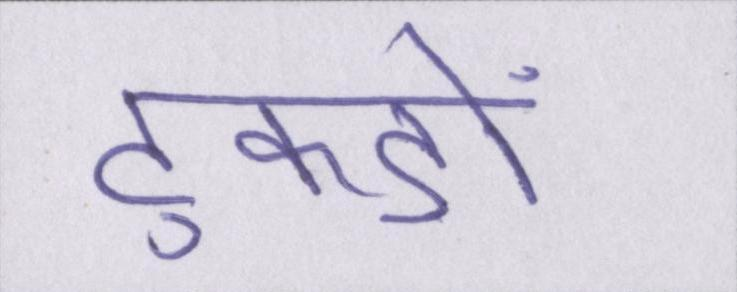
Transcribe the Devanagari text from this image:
टुकड़ों